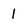
Character: 1